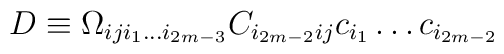
D\equiv \Omega_{iji_1\dots i_{2m-3}}C_{i_{2m-2}ij} c_{i_1}\dots c_{i_{2m-2}}